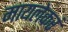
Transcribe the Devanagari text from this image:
मायलेकरं